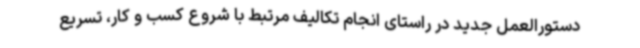
دستورالعمل جدید در راستای انجام تکالیف مرتبط با شروع کسب و کار، تسریع